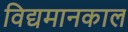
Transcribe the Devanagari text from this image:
विद्यमानकाल